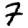
Digit: 7